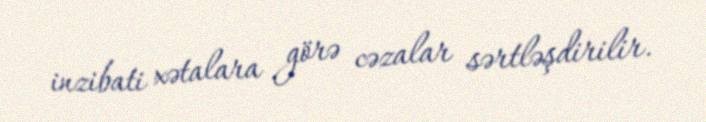
inzibati xətalara görə cəzalar sərtləşdirilir.